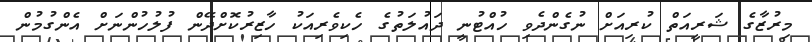
މިރުޒާގެ ޝަރީއަތް ކުރިއަށް ނުގެންދެވި ހުއްޓުނީ ދައުލަތުގެ ހެކިވެރިއަކު ހާޒިރުކޮށްދޭން ފުލުހުންނަށް އެންގުމުން